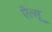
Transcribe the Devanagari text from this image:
ऐत्सू